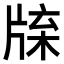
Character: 𤗊